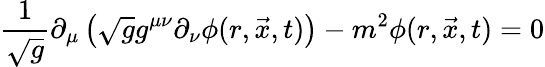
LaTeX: \frac{1}{\sqrt{g}}\partial_{\mu}\left(\sqrt{g}g^{\mu\nu}\partial_{\nu}\phi(r,\vec{x},t)\right)-m^{2}\phi(r,\vec{x},t)=0